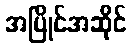
အပြိုင်အဆိုင်